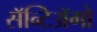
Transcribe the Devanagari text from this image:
सॅन्टिॲगो